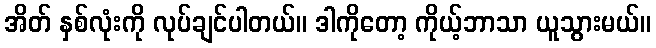
အိတ် နှစ်လုံးကို လုပ်ချင်ပါတယ်။ ဒါကိုတော့ ကိုယ့်ဘာသာ ယူသွားမယ်။